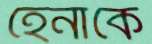
হেনাকে